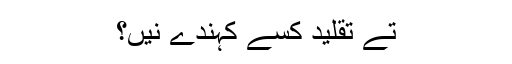
تے تقلید کسے کہندے نيں؟